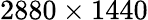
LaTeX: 2880\times 1440